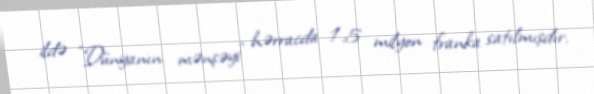
ildə "Dünyanın mənşəyi" hərracda 1.5 milyon franka satılmışdır.